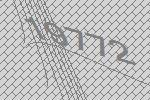
19772